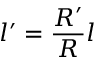
l ^ { \prime } = \frac { R ^ { \prime } } { R } l